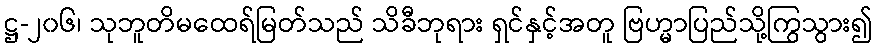
ဋ္ဌ-၂၀၆၊ သုဘူတိမထေရ်မြတ်သည် သိခီဘုရား ရှင်နှင့်အတူ ဗြဟ္မာပြည်သို့ကြွသွား၍